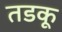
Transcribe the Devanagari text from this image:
तडकू